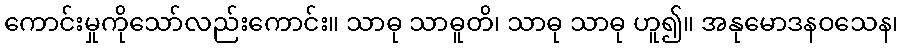
ကောင်းမှုကိုသော်လည်းကောင်း။ သာဓု သာဓူတိ၊ သာဓု သာဓု ဟူ၍။ အနုမောဒနဝသေန၊